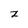
Character: z